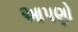
આપણો